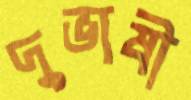
দুভাষী